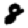
Digit: 8